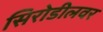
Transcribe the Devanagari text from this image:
सिरोडीलवर